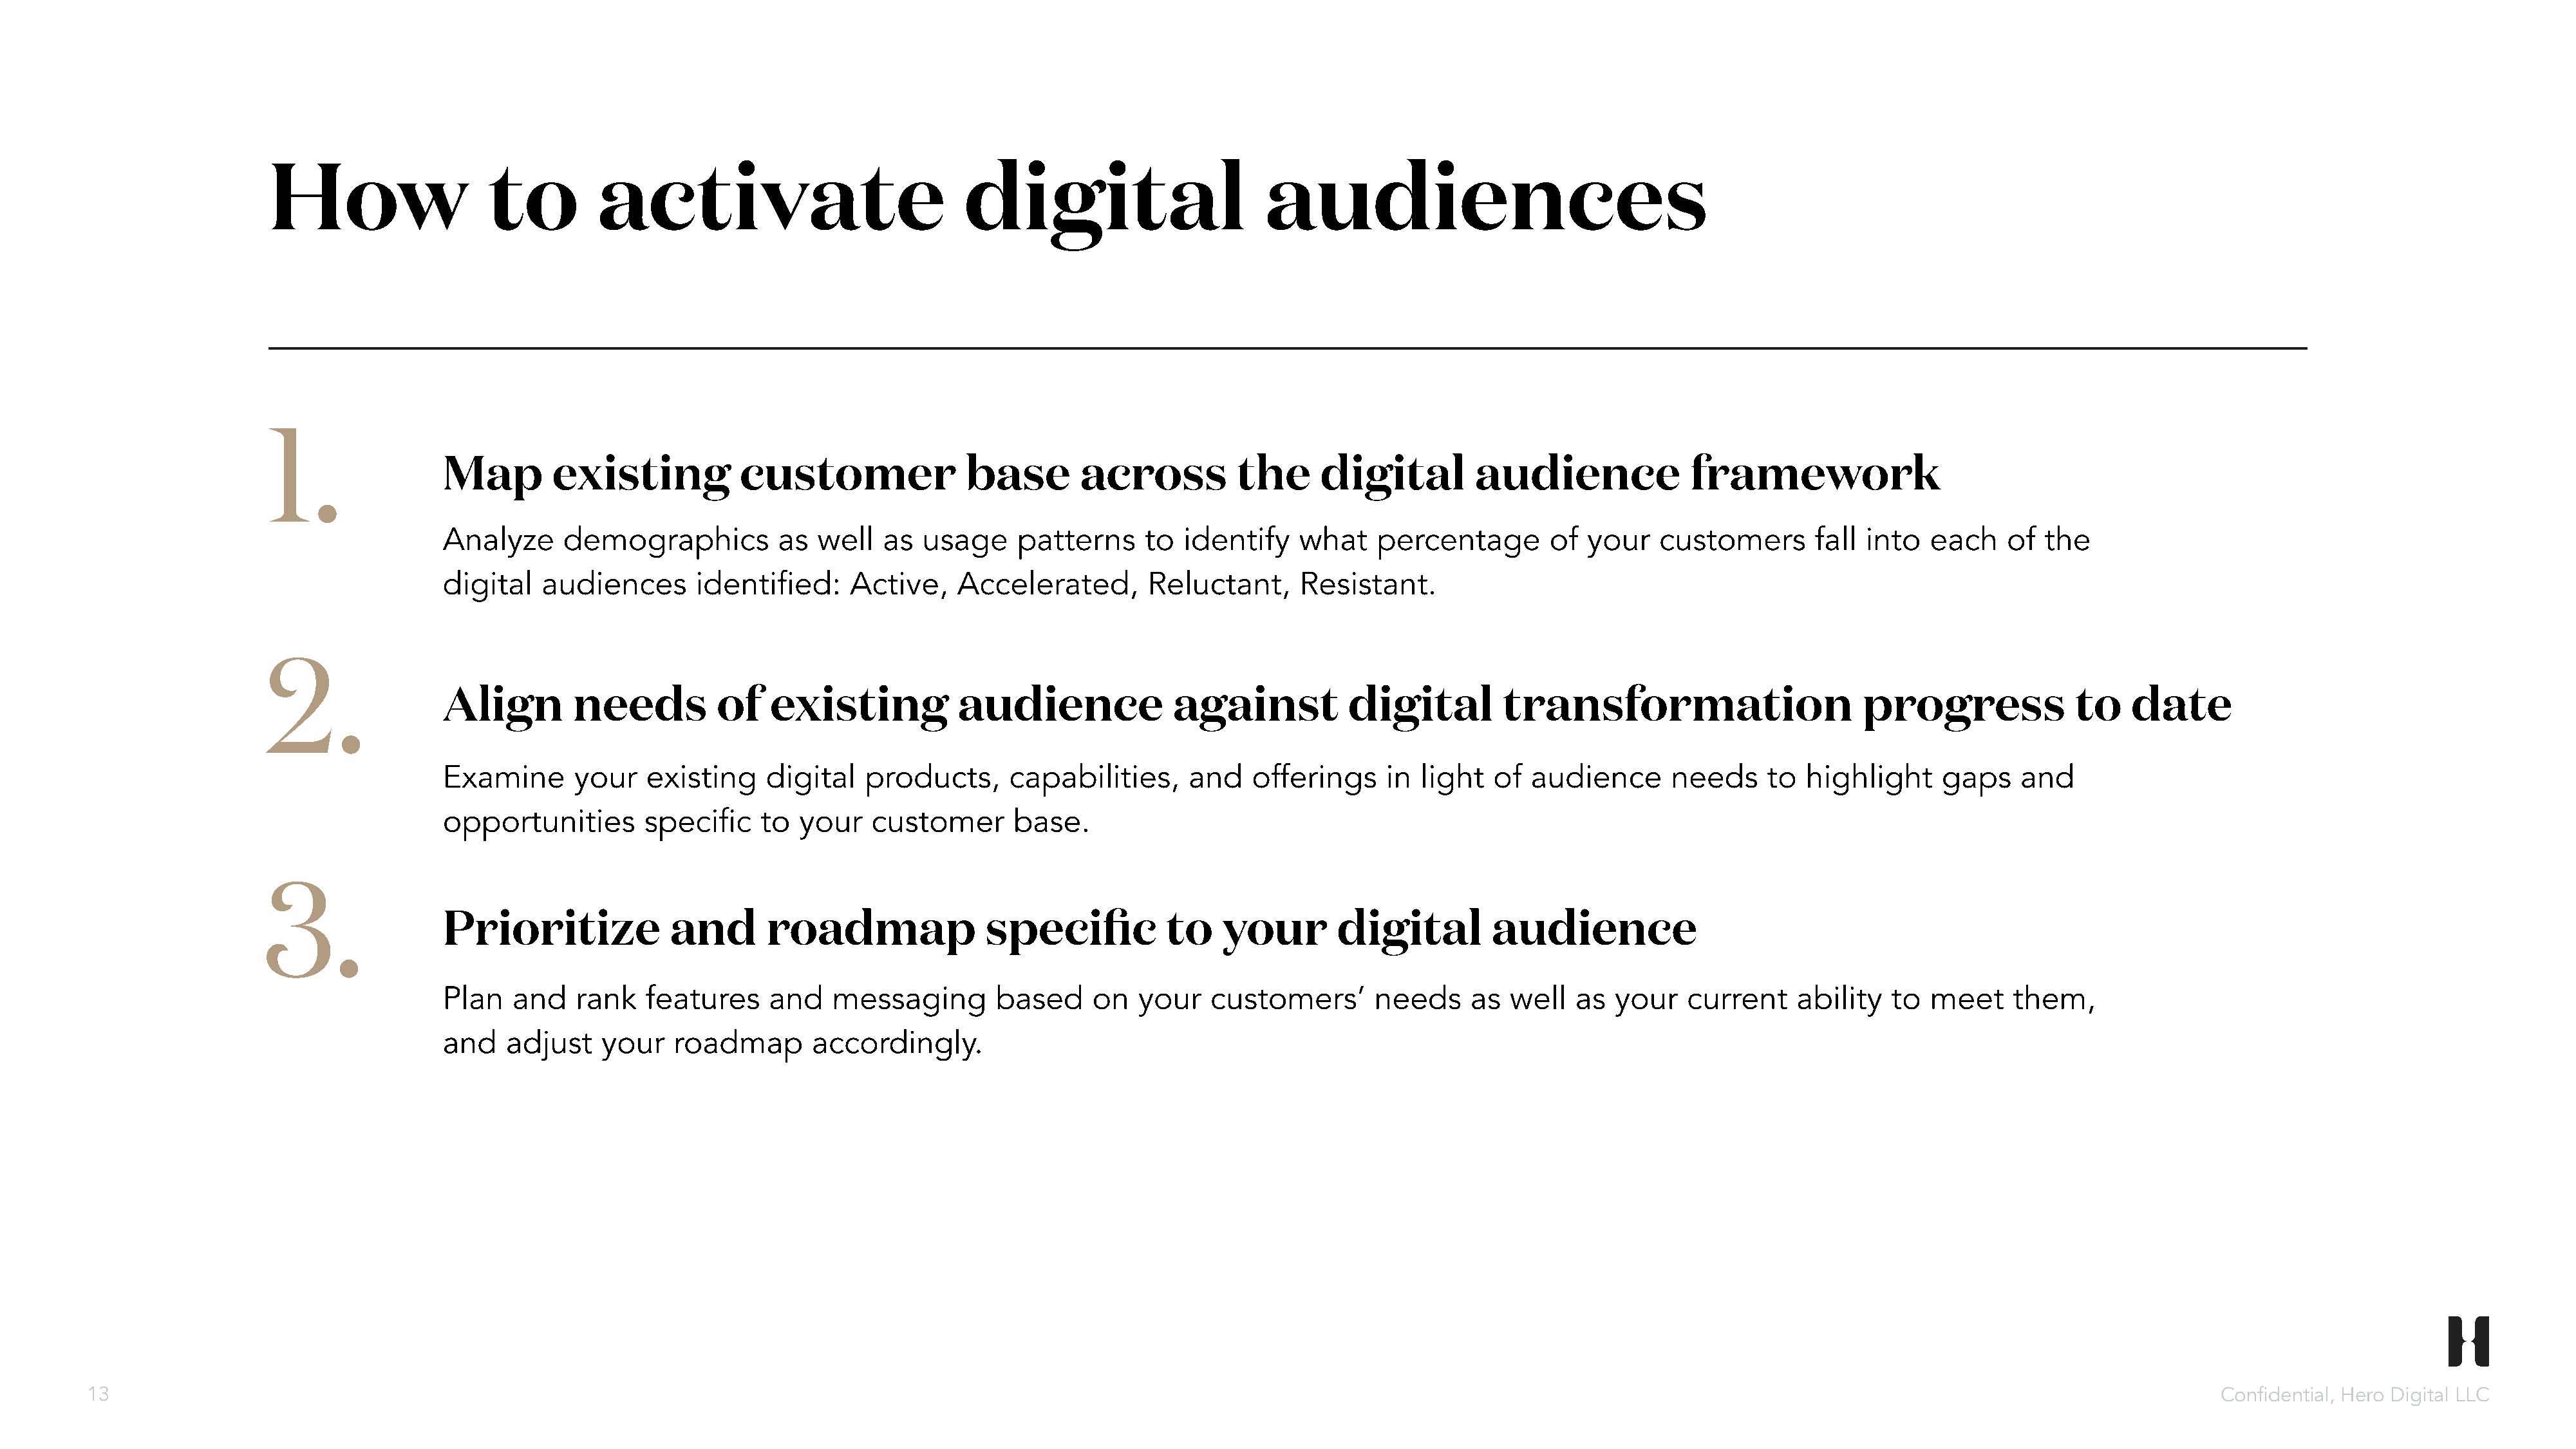
How                   to         activate                              digital                        audiences
 1.
 Map        existing           customer               base        across          the      digital         audience              framework
 Analyze     demographics          as  well   as  usage     patterns     to  identify    what    percentage       of  your    customers       fall into  each    of  the
 digital   audiences       identified:    Active,    Accelerated,        Reluctant,      Resistant.
 2.
 Align        needs          of   existing           audience               against           digital         transformation                      progress              to    date
 Examine      your   existing     digital   products,      capabilities,     and    offerings    in  light   of audience       needs     to  highlight     gaps    and
 opportunities       specific    to  your    customer      base.
 3.
 Prioritize             and       roadmap               specific           to    your       digital         audience
 Plan   and   rank   features     and    messaging       based     on   your   customers’       needs     as  well   as  your   current     ability  to  meet     them,
 and   adjust    your   roadmap       accordingly.
 13                                                                                                                                                                                                                         Confidential, Hero Digital LLC